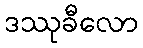
ဒဿုခီလော